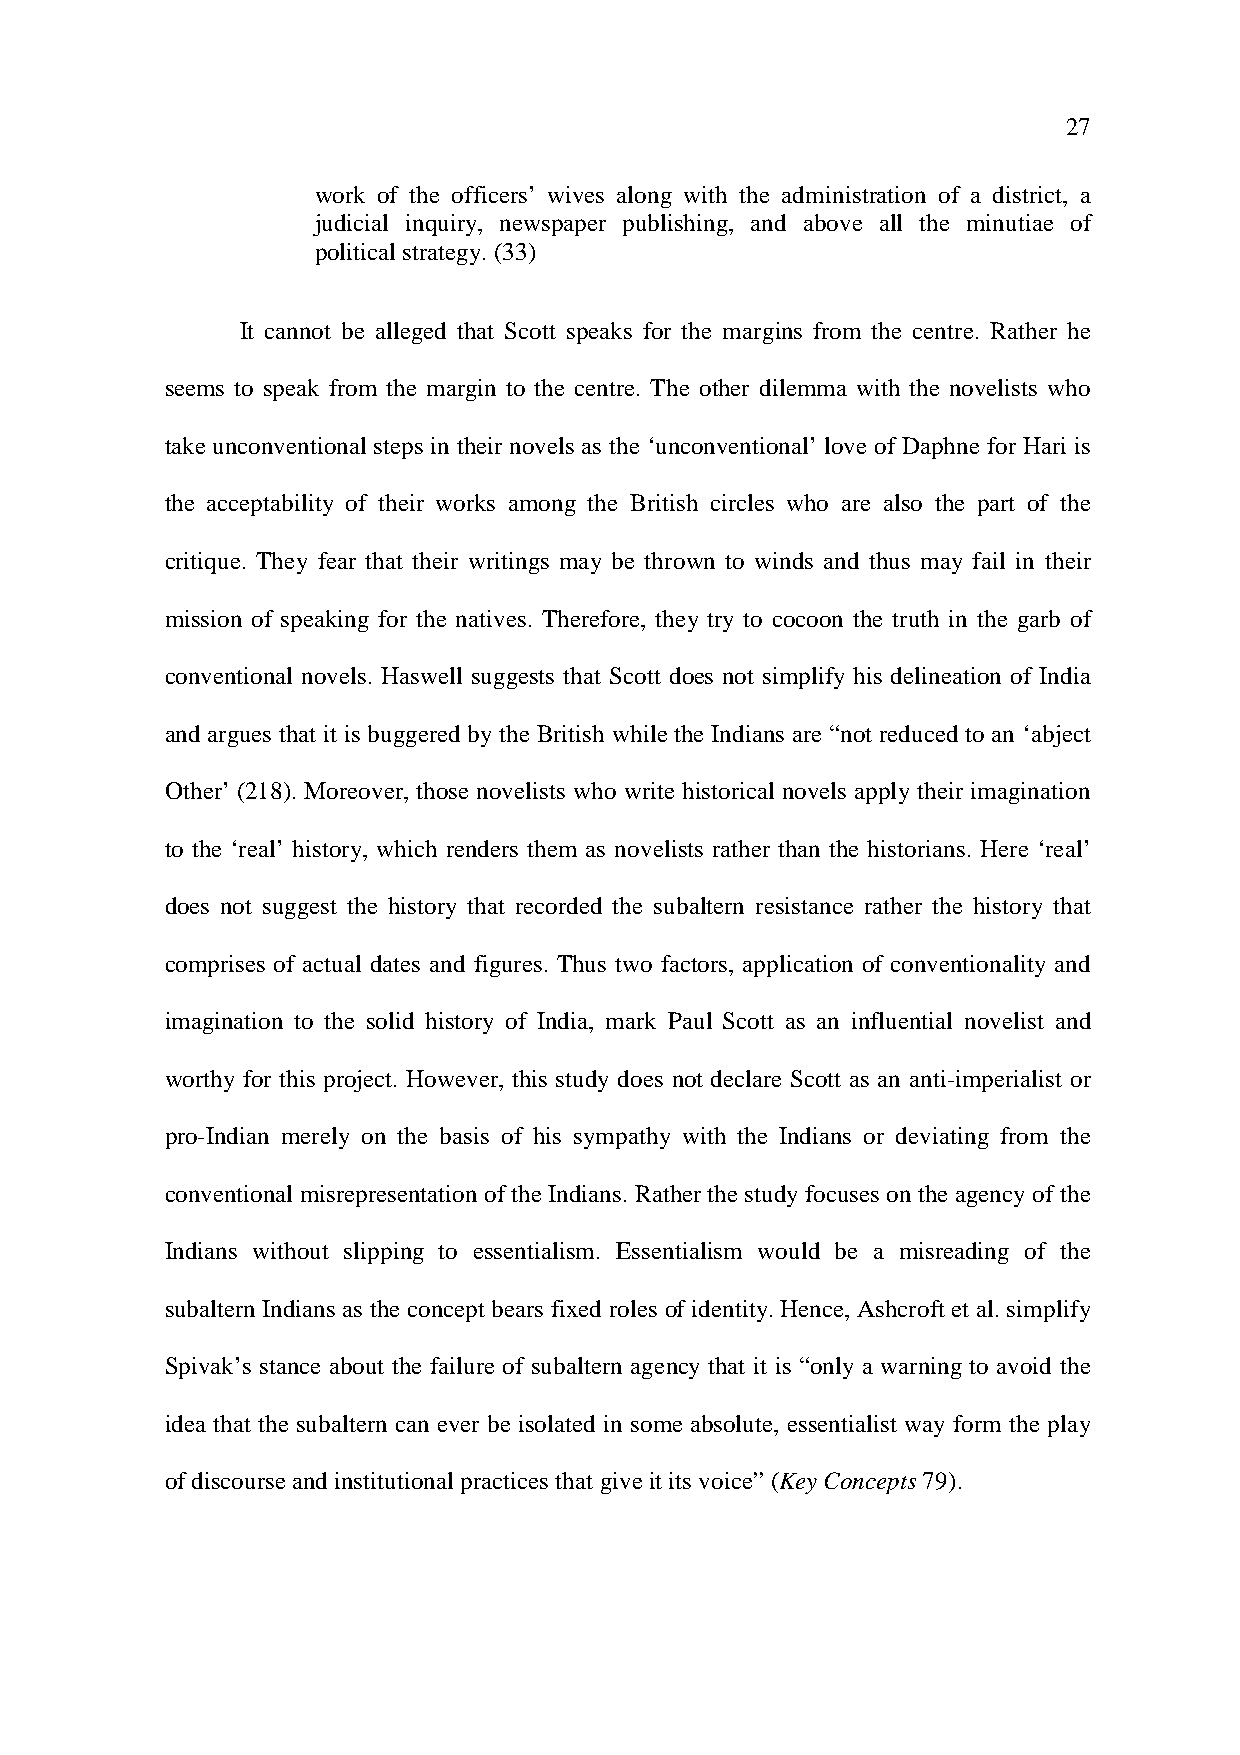
27
 work of the officers’ wives along with the administration of a district, a
 judicial inquiry, newspaper publishing, and above all the minutiae of
 political strategy. (33)
 It cannot be alleged that Scott speaks for the margins from the centre. Rather he
 seems to speak from the margin to the centre. The other dilemma with the novelists who
 take unconventional steps in their novels as the ‘unconventional’ love of Daphne for Hari is
 the acceptability of their works among the British circles who are also the part of the
 critique. They fear that their writings may be thrown to winds and thus may fail in their
 mission of speaking for the natives. Therefore, they try to cocoon the truth in the garb of
 conventional novels. Haswell suggests that Scott does not simplify his delineation of India
 and argues that it is buggered by the British while the Indians are “not reduced to an ‘abject
 Other’ (218). Moreover, those novelists who write historical novels apply their imagination
 to the ‘real’ history, which renders them as novelists rather than the historians. Here ‘real’
 does not suggest the history that recorded the subaltern resistance rather the history that
 comprises of actual dates and figures. Thus two factors, application of conventionality and
 imagination to the solid history of India, mark Paul Scott as an influential novelist and
 worthy for this project. However, this study does not declare Scott as an anti-imperialist or
 pro-Indian merely on the basis of his sympathy with the Indians or deviating from the
 conventional misrepresentation of the Indians. Rather the study focuses on the agency of the
 Indians without slipping to essentialism. Essentialism would be a misreading of the
 subaltern Indians as the concept bears fixed roles of identity. Hence, Ashcroft et al. simplify
 Spivak’s stance about the failure of subaltern agency that it is “only a warning to avoid the
 idea that the subaltern can ever be isolated in some absolute, essentialist way form the play
 of discourse and institutional practices that give it its voice” (Key Concepts 79).